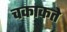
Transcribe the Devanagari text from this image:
चकाकते